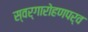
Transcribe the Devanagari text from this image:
स्वर्गारोहणपर्व